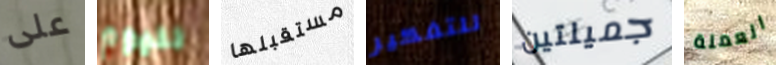
على لليوم مستقبلها للتفكير جميلتين العملة